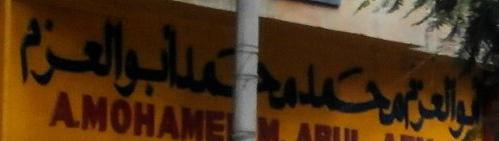
والعرتمحد